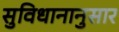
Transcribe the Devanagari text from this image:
सुविधानानुसार